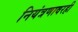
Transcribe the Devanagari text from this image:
नियंत्रणावरही